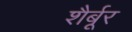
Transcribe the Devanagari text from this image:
शैर्बूर